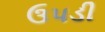
ઉપડી